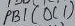
Text: PB1